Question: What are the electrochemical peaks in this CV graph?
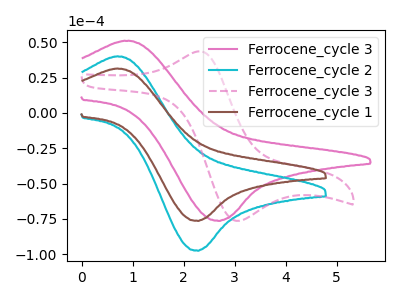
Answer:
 <answer>The pink curve "Ferrocene_cycle 3" has an anodic peak at (0.95V, 50.85uA) and a cathodic peak at (2.65V, -76.35uA). The cyan curve "Ferrocene_cycle 2" has an anodic peak at (0.70V, 40.05uA) and a cathodic peak at (2.30V, -97.45uA). The pink dashed curve "Ferrocene_cycle 3" has an anodic peak at (2.25V, 43.30uA) and a cathodic peak at (3.05V, -76.35uA). The brown curve "Ferrocene_cycle 1" has an anodic peak at (0.70V, 31.35uA) and a cathodic peak at (2.30V, -76.40uA).</answer>
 <eval></eval>